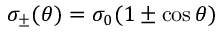
\sigma _ { \pm } ( \theta ) = \sigma _ { 0 } ( 1 \pm \cos { \theta } )